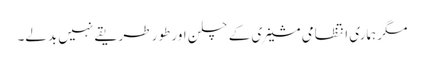
مگر ہماری انتظامی مشینری کے چلن اور طور طریقے نہیں بدلے۔